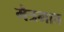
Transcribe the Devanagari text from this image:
मैत्रभाव